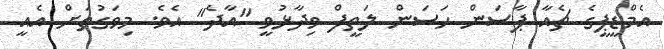
އެމްޑީޕީގެ ޗެއާ ޕާސަން ހަސަން ލަތީފް ވިދާޅުވީ "އާދެ" އެވެ. މިވަގުތަށް އެއީ